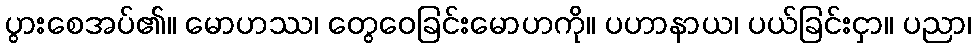
ပွားစေအပ်၏။ မောဟဿ၊ တွေဝေခြင်းမောဟကို။ ပဟာနာယ၊ ပယ်ခြင်းငှာ။ ပညာ၊